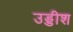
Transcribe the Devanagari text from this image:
उड्डीश